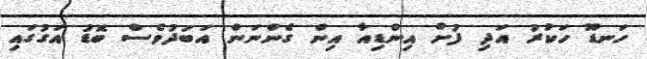
ހަނޑޫ ހަކުރު އަދި ފުށް އިންޑިއާ އިން ގެންނަން އަބަދުވެސް ބޮޑު އަގުގައި